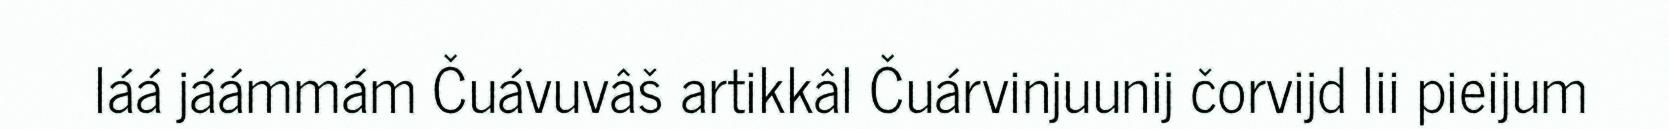
láá jáámmám Čuávuvâš artikkâl Čuárvinjuunij čorvijd lii pieijum